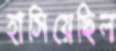
হাসিয়েছিল